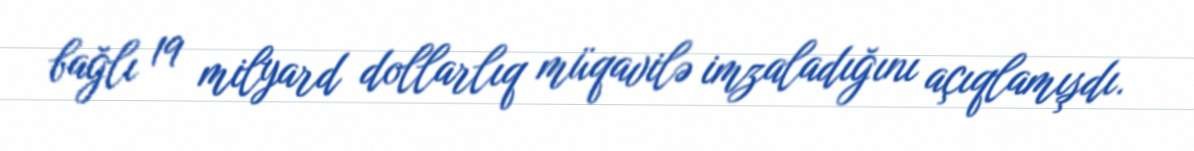
bağlı 19 milyard dollarlıq müqavilə imzaladığını açıqlamışdı.